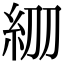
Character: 𥾞